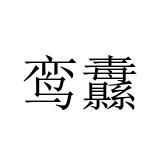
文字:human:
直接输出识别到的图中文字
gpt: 鸾纛